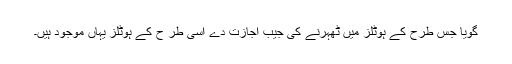
گویا جس طرح کے ہوٹلز میں ٹھہرنے کی جیب اجازت دے اسی طر ح کے ہوٹلز یہاں موجود ہیں۔